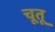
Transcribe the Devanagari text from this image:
चूतू